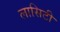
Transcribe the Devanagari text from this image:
लासिटी